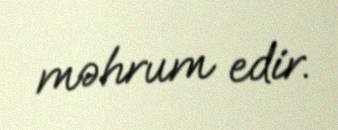
məhrum edir.